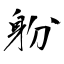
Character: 躮